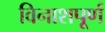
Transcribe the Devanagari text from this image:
विनाशपूर्ण